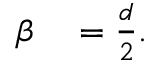
\begin{array} { r l } { \beta } & { { } = \frac { d } { 2 } . } \end{array}